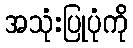
အသုံးပြုပုံကို